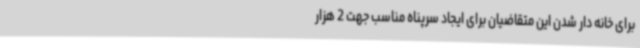
برای خانه دار شدن این متقاضیان برای ایجاد سرپناه مناسب جهت 2 هزار